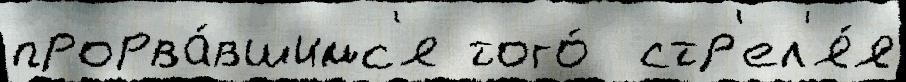
прорва́вшимс'я того́  стр'ел'я́я